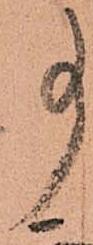
事